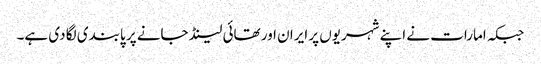
جبکہ امارات نے اپنے شہریوں پر ایران اور تھائی لینڈ جانے پر پابندی لگا دی ہے۔